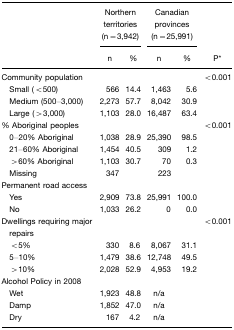
<table><thead><tr><td></td><td colspan="2"><b>Northern territories(n=3,942)</b></td><td colspan="2"><b>Canadian provinces(n=25,991)</b></td><td></td></tr><tr><td></td><td><b>n</b></td><td><b>%</b></td><td><b>n</b></td><td><b>%</b></td><td><b>P*</b></td></tr></thead><tbody><tr><td>Community population</td><td></td><td></td><td></td><td></td><td>&lt;0.001</td></tr><tr><td> Small (&lt;500)</td><td>566</td><td>14.4</td><td>1,463</td><td>5.6</td><td></td></tr><tr><td> Medium (500–3,000)</td><td>2,273</td><td>57.7</td><td>8,042</td><td>30.9</td><td></td></tr><tr><td> Large (&gt;3,000)</td><td>1,103</td><td>28.0</td><td>16,487</td><td>63.4</td><td></td></tr><tr><td>% Aboriginal peoples</td><td></td><td></td><td></td><td></td><td>&lt;0.001</td></tr><tr><td> 0–20% Aboriginal</td><td>1,038</td><td>28.9</td><td>25,390</td><td>98.5</td><td></td></tr><tr><td> 21–60% Aboriginal</td><td>1,454</td><td>40.5</td><td>309</td><td>1.2</td><td></td></tr><tr><td> &gt;60% Aboriginal</td><td>1,103</td><td>30.7</td><td>70</td><td>0.3</td><td></td></tr><tr><td> Missing</td><td>347</td><td></td><td>223</td><td></td><td></td></tr><tr><td>Permanent road access</td><td></td><td></td><td></td><td></td><td></td></tr><tr><td> Yes</td><td>2,909</td><td>73.8</td><td>25,991</td><td>100.0</td><td></td></tr><tr><td> No</td><td>1,033</td><td>26.2</td><td>0</td><td>0.0</td><td></td></tr><tr><td>Dwellings requiring major repairs</td><td></td><td></td><td></td><td></td><td>&lt;0.001</td></tr><tr><td> &lt;5%</td><td>330</td><td>8.6</td><td>8,067</td><td>31.1</td><td></td></tr><tr><td> 5–10%</td><td>1,479</td><td>38.6</td><td>12,748</td><td>49.5</td><td></td></tr><tr><td> &gt;10%</td><td>2,028</td><td>52.9</td><td>4,953</td><td>19.2</td><td></td></tr><tr><td>Alcohol Policy in 2008</td><td></td><td></td><td></td><td></td><td></td></tr><tr><td> Wet</td><td>1,923</td><td>48.8</td><td>n/a</td><td></td><td></td></tr><tr><td> Damp</td><td>1,852</td><td>47.0</td><td>n/a</td><td></td><td></td></tr><tr><td> Dry</td><td>167</td><td>4.2</td><td>n/a</td><td></td><td></td></tr></tbody></table>